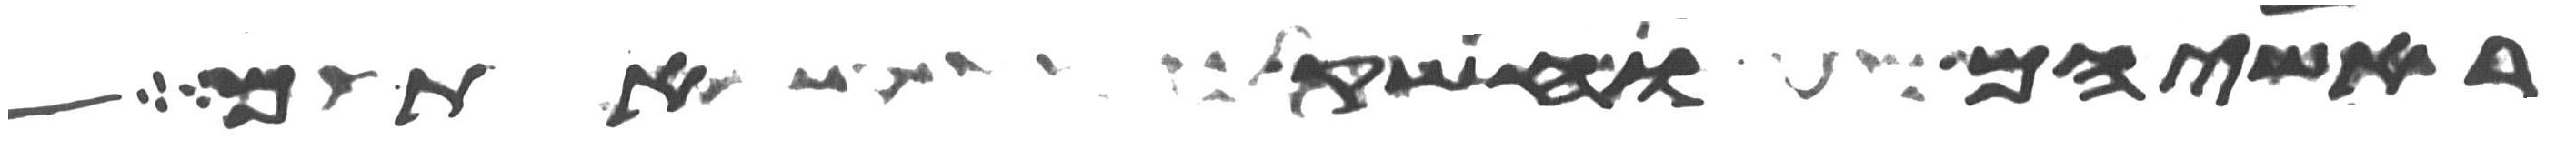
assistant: ראשיהם וחשק אתם